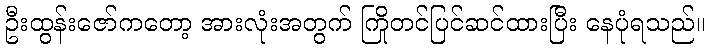
ဦးထွန်းဇော်ကတော့ အားလုံးအတွက် ကြိုတင်ပြင်ဆင်ထားပြီး နေပုံရသည်။